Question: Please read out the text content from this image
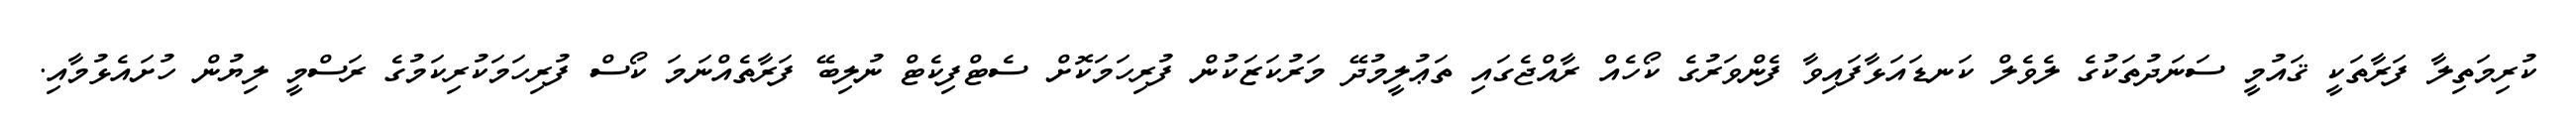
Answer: ކުރިމަތިލާ ފަރާތަކީ ޤައުމީ ސަނަދުތަކުގެ ލެވެލް ކަނޑައަޅާފައިވާ ފެންވަރުގެ ކޯހެއް ރާއްޖެގައި ތަޢުލީމުދޭ މަރުކަޒަކުން ފުރިހަމަކޮށް ސެޓްފިކެޓް ނުލިބޭ ފަރާތެއްނަމަ ކޯސް ފުރިހަމަކުރިކަމުގެ ރަސްމީ ލިޔުން ހުށައެޅުމާއި.